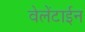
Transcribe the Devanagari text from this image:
वेलेंटाईन